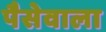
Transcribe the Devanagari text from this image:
पैसेवाला